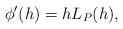
LaTeX: \begin{align*} \begin{aligned} \phi'(h)=hL_P(h), \end{aligned} \end{align*}